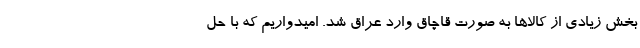
بخش زیادی از کالاها به صورت قاچاق وارد عراق شد. امیدواریم که با حل